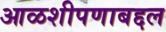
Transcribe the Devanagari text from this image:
आळशीपणाबद्दल